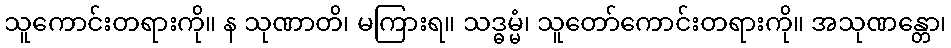
သူကောင်းတရားကို။ န သုဏာတိ၊ မကြားရ။ သဒ္ဓမ္မံ၊ သူတော်ကောင်းတရားကို။ အသုဏန္တော၊